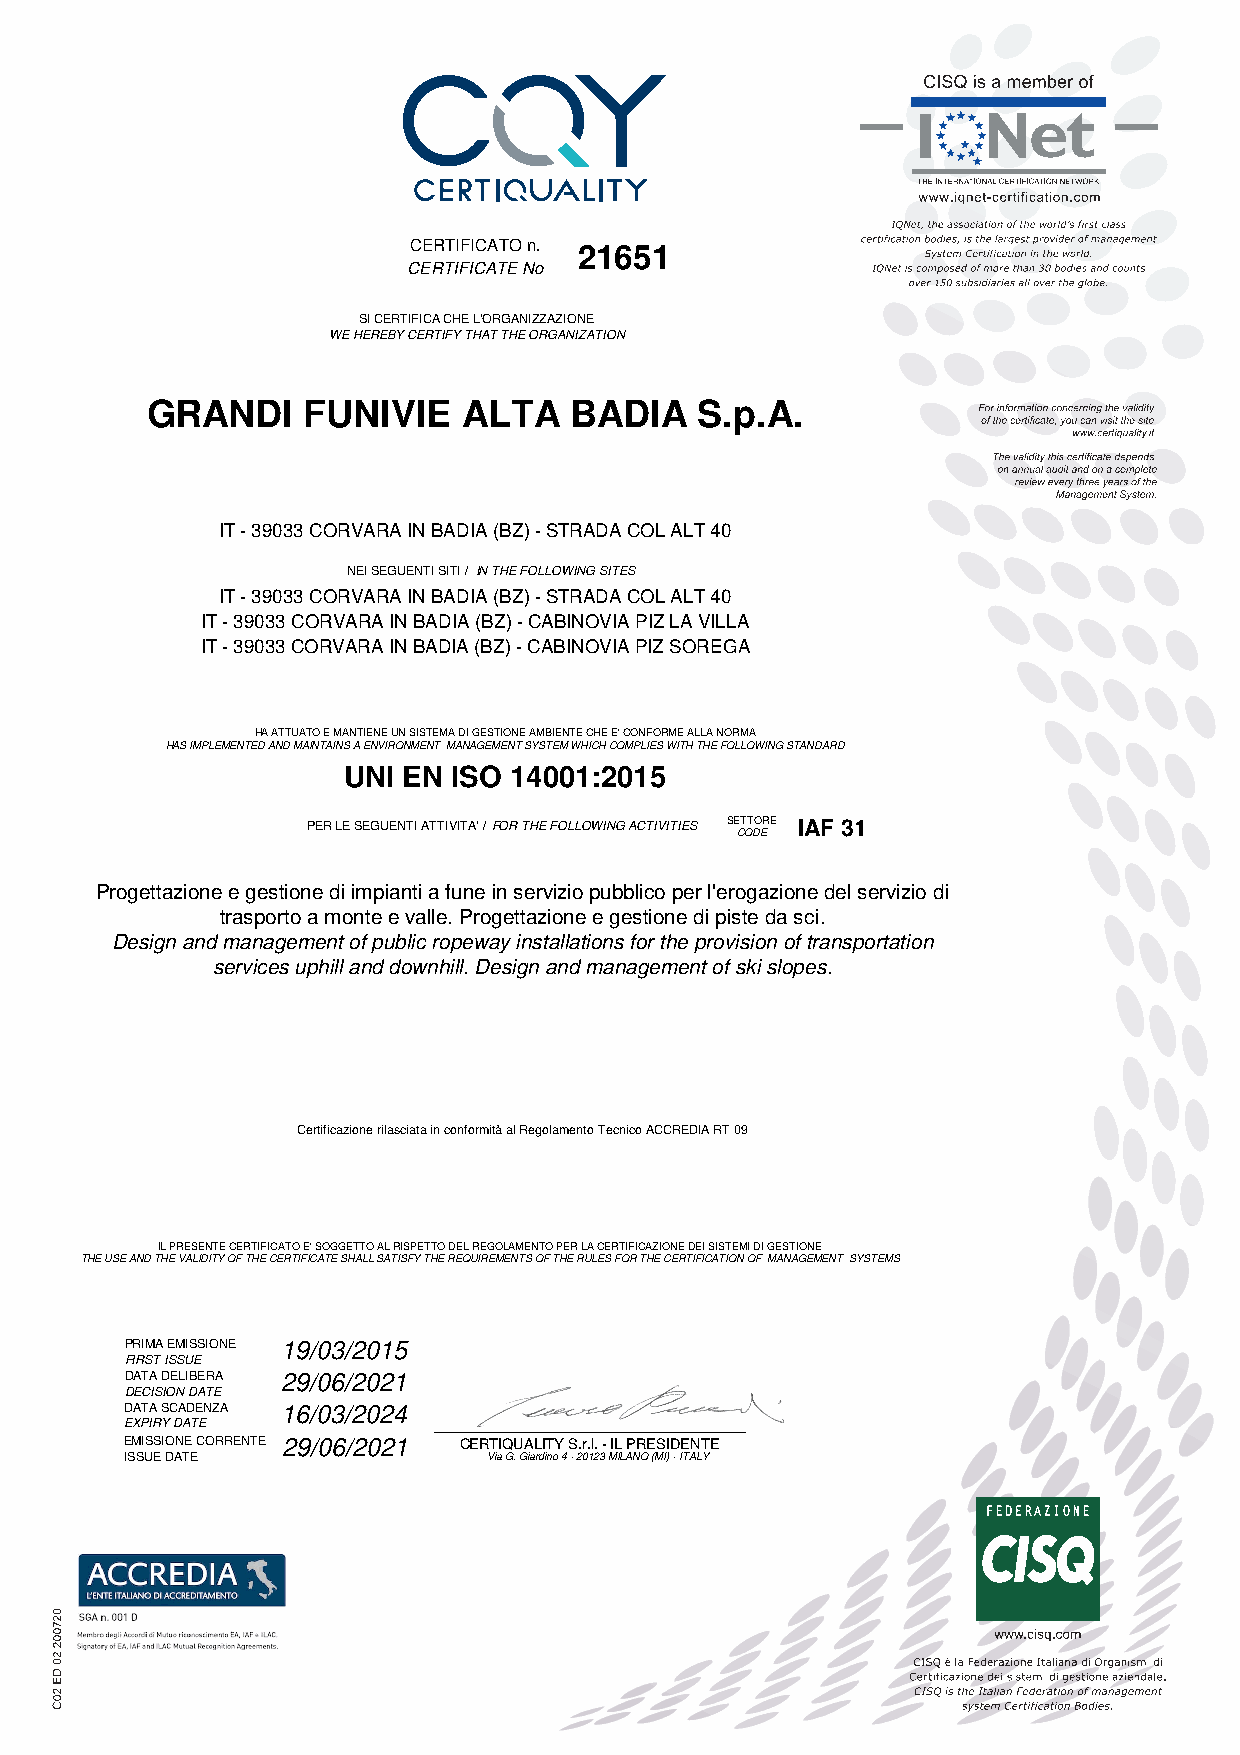
CERTIFICATO n. 21651
 CERTIFICATE No
 SI CERTIFICA CHE L'ORGANIZZAZIONE
 WE HEREBY CERTIFY THAT THE ORGANIZATION
 GRANDI    FUNIVIE    ALTA   BADIA   S.p.A.
 IT - 39033 CORVARA IN BADIA (BZ) - STRADA COL ALT 40
 NEI SEGUENTI SITI / IN THE FOLLOWING SITES
 IT - 39033 CORVARA IN BADIA (BZ) - STRADA COL ALT 40
 IT - 39033 CORVARA IN BADIA (BZ) - CABINOVIA PIZ LA VILLA
 IT - 39033 CORVARA IN BADIA (BZ) - CABINOVIA PIZ SOREGA
 HA ATTUATO E MANTIENE UN SISTEMA DI GESTIONE AMBIENTE CHE E' CONFORME ALLA NORMA
 HAS IMPLEMENTED AND MAINTAINS A ENVIRONMENT MANAGEMENT SYSTEM WHICH COMPLIES WITH THE FOLLOWING STANDARD
 UNI EN ISO 14001:2015
 PER LE SEGUENTI ATTIVITA' / FOR THE FOLLOWING ACTIVITIES SETTORE IAF 31
 CODE
 Progettazione e gestione di impianti a fune in servizio pubblico per l'erogazione del servizio di
 trasporto a monte e valle. Progettazione e gestione di piste da sci.
 Design and management of public ropeway installations for the provision of transportation
 services uphill and downhill. Design and management of ski slopes.
 Certificazione rilasciata in conformità al Regolamento Tecnico ACCREDIA RT 09
 IL PRESENTE CERTIFICATO E' SOGGETTO AL RISPETTO DEL REGOLAMENTO PER LA CERTIFICAZIONE DEI SISTEMI DI GESTIONE
 THE USE AND THE VALIDITY OF THE CERTIFICATE SHALL SATISFY THE REQUIREMENTS OF THE RULES FOR THE CERTIFICATION OF MANAGEMENT SYSTEMS
 PRIMA EMISSIONE 19/03/2015
 FIRST ISSUE
 DATA DELIBERA 29/06/2021
 DECISION DATE
 DATA SCADENZA 16/03/2024
 EXPIRY DATE          _______________________________________
 EMISSIONE CORRENTE 29/06/2021 CERTIQUALITY S.r.l. - IL PRESIDENTE
 ISSUE DATE              Via G. Giardino 4 - 20123 MILANO (MI) - ITALY